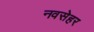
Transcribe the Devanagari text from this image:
नवसेहर